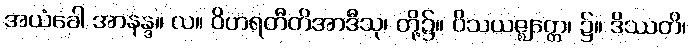
အယံခေါ အာနန္ဒ။ လ။ ဝိဟရတီတိအာဒီသု၊ တို့၌။ ဝိသယဇ္ဈတ္တေ၊ ၌။ ဒိဿတိ၊